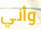
وأني